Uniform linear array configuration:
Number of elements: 12
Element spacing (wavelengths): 1
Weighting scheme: exponential
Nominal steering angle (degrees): -60
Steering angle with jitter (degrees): -61.499
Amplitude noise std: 0.05
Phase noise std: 0.05

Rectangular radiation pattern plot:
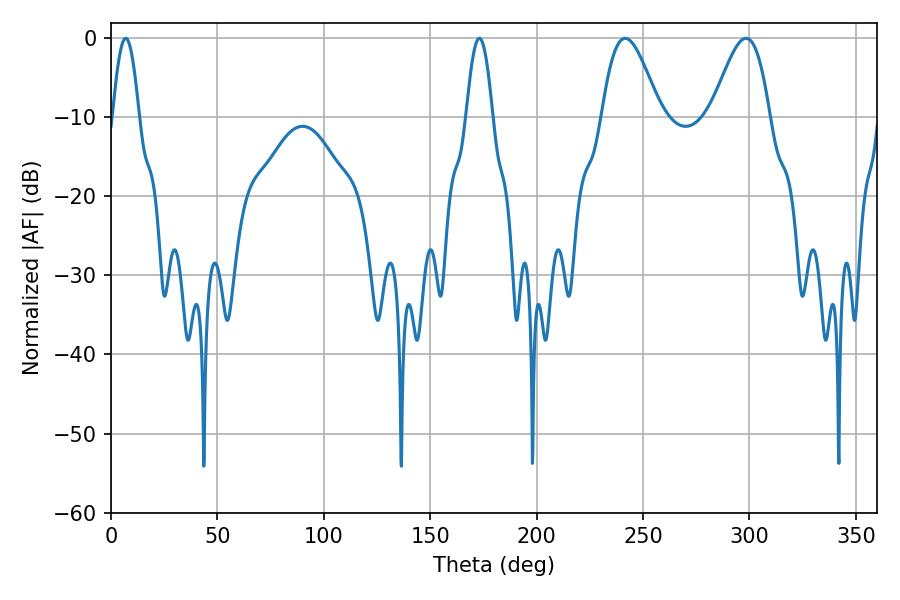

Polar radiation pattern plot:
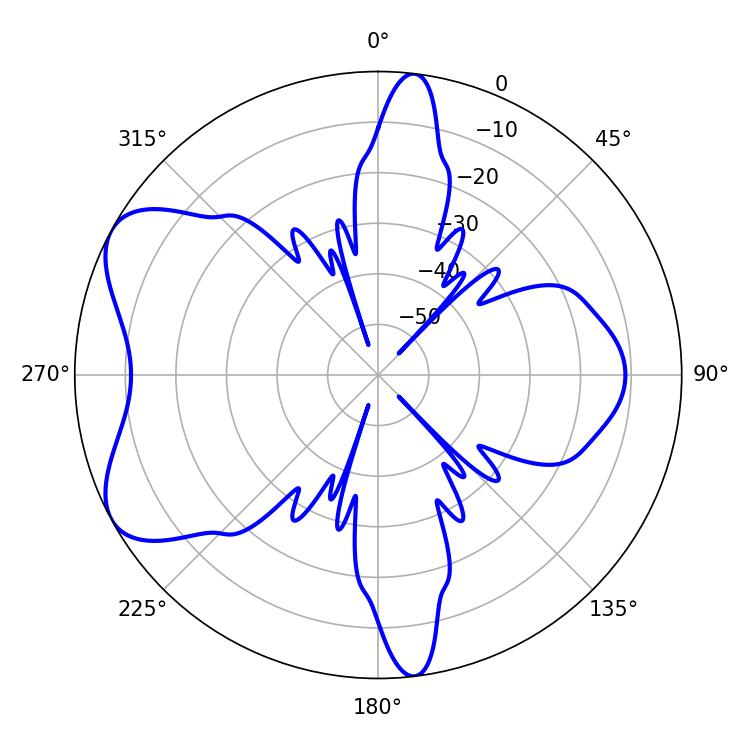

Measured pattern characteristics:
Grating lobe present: TRUE
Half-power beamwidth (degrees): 14.58
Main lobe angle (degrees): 241.56